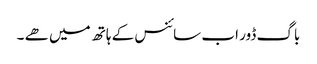
باگ ڈور اب سائنس کے ہاتھ میں ھے ۔